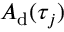
A _ { \mathrm { d } } ( \tau _ { j } )